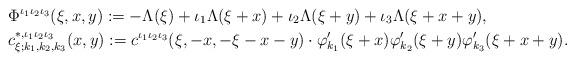
LaTeX: \begin{align*}& \Phi^{\iota_1\iota_2\iota_3}(\xi,x,y) := -\Lambda(\xi) + \iota_1\Lambda(\xi+x) + \iota_2\Lambda(\xi+y) + \iota_3\Lambda(\xi+x+y),\\& c^{\ast,\iota_1\iota_2\iota_3}_{\xi;k_1,k_2,k_3}(x,y) := c^{\iota_1\iota_2\iota_3}(\xi,-x,-\xi-x-y) \cdot \varphi'_{k_1}(\xi+x) \varphi'_{k_2}(\xi+y)\varphi'_{k_3}(\xi+x+y).\end{align*}